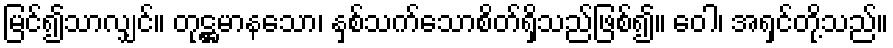
မြင်၍သာလျှင်။ တုဋ္ဌမာနသော၊ နှစ်သက်သောစိတ်ရှိသည်ဖြစ်၍။ ဝေါ၊ အရှင်တို့သည်။